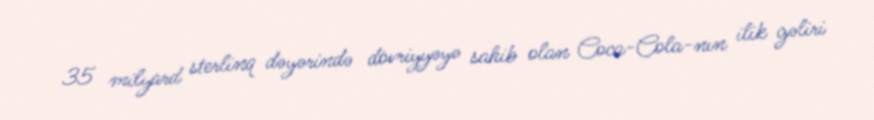
35 milyard sterlinq dəyərində dövriyyəyə sahib olan Coca-Cola-nın ilik gəliri